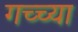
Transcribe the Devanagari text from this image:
गच्च्या